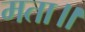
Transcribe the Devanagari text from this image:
मता॥